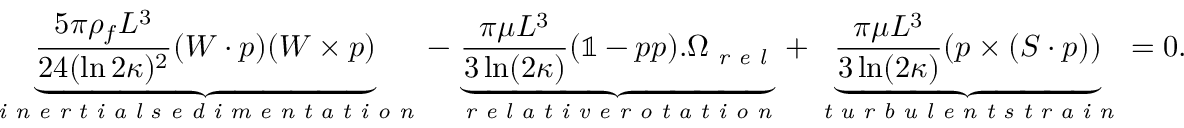
\underbrace { \frac { 5 \pi \rho _ { f } L ^ { 3 } } { 2 4 ( \ln 2 \kappa ) ^ { 2 } } ( \boldsymbol { W } \cdot \boldsymbol { p } ) ( \boldsymbol { W } \times \boldsymbol { p } ) } _ { \textit { i n e r t i a l s e d i m e n t a t i o n } } - \underbrace { \frac { \pi \mu L ^ { 3 } } { 3 \ln ( 2 \kappa ) } ( \mathbb { 1 } - \boldsymbol { p } \boldsymbol { p } ) . \boldsymbol { \Omega } _ { \textit { r e l } } } _ { \textit { r e l a t i v e r o t a t i o n } } + \underbrace { \frac { \pi \mu L ^ { 3 } } { 3 \ln ( 2 \kappa ) } ( \boldsymbol { p } \times ( \boldsymbol { S } \cdot \boldsymbol { p } ) ) } _ { \textit { t u r b u l e n t s t r a i n } } = 0 .